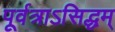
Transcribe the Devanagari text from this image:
पूर्वत्राऽसिद्धम्